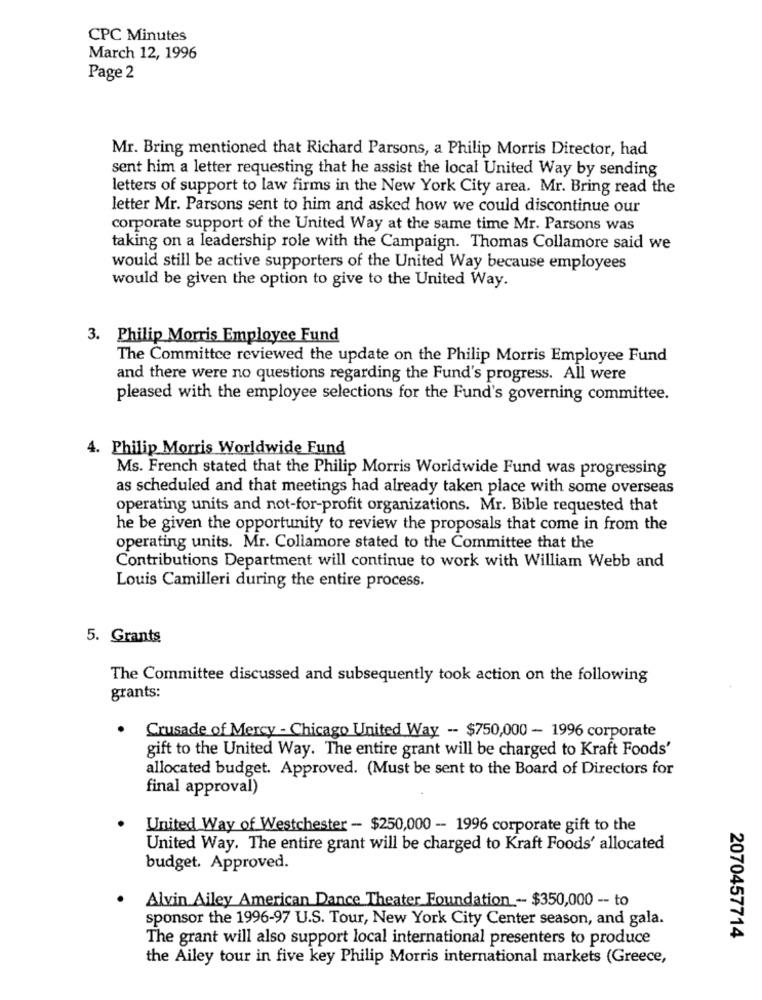
CPC Minutes
March 12, 1996
Page 2
Mr. Bring mentioned that Richard Parsons, a Philip Morris Director, had
sent him a letter requesting that he assist the local United Way by sending
letters of support to law firms in the New York City area. Mr. Bring read the
letter Mr. Parsons sent to him and asked how we could discontinue our
corporate support of the United Way at the same time Mr. Parsons was
taking on a leadership role with the Campaign. Thomas Collamore said we
would still be active supporters of the United Way because employees
would be given the option to give to the United Way.
3. Philip Morris Employee Fund
The Committee reviewed the update on the Philip Morris Employee Fund
and there were no questions regarding the Fund's progress. All were
pleased with the employee selections for the Fund's governing committee.
4. Philip Morris Worldwide Fund
Ms. French stated that the Philip Morris Worldwide Fund was progressing
as scheduled and that meetings had already taken place with some overseas
operating units and not-for-profit organizations. Mr. Bible requested that
he be given the opportunity to review the proposals that come in from the
operating units. Mr. Collamore stated to the Committee that the
Contributions Department will continue to work with William Webb and
Louis Camilleri during the entire process.
5. Grants
The Committee discussed and subsequently took action on the following
grants:
· Crusade of Mercy - Chicago United Way -- $750,000 - 1996 corporate
gift to the United Way. The entire grant will be charged to Kraft Foods'
allocated budget. Approved. (Must be sent to the Board of Directors for
final approval)
United Way of Westchester - $250,000 - 1996 corporate gift to the
United Way. The entire grant will be charged to Kraft Foods' allocated
budget. Approved.
Alvin Ailey American Dance Theater Foundation -- $350,000 -- to
sponsor the 1996-97 U.S. Tour, New York City Center season, and gala.
The grant will also support local international presenters to produce
2070457714
the Ailey tour in five key Philip Morris international markets (Greece,